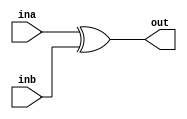
// Masked XOR gate
`timescale 1ns / 1ps
module MSKxor #(parameter d=1, parameter count=1) (ina, inb, out);

(* syn_keep="true", keep="true", fv_type = "sharing", fv_latency = 0, fv_count=count *) input  [count*d-1:0] ina, inb;
(* syn_keep="true", keep="true", fv_type = "sharing", fv_latency = 0, fv_count=count *) output [count*d-1:0] out;

assign out = ina ^ inb ;

endmodule